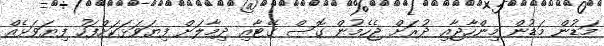
މަޑުން މަޑުން މިންހާޖާއި ދުރަށް ޖެހެމުން ގޮސް ގޭޓާއި ދިމާލަށް ފިޔަވަޅަކަށްފަހު ފިޔަވަޅެއް